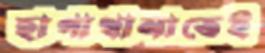
ছাপাখানাতেই